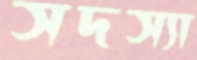
সদস্যা